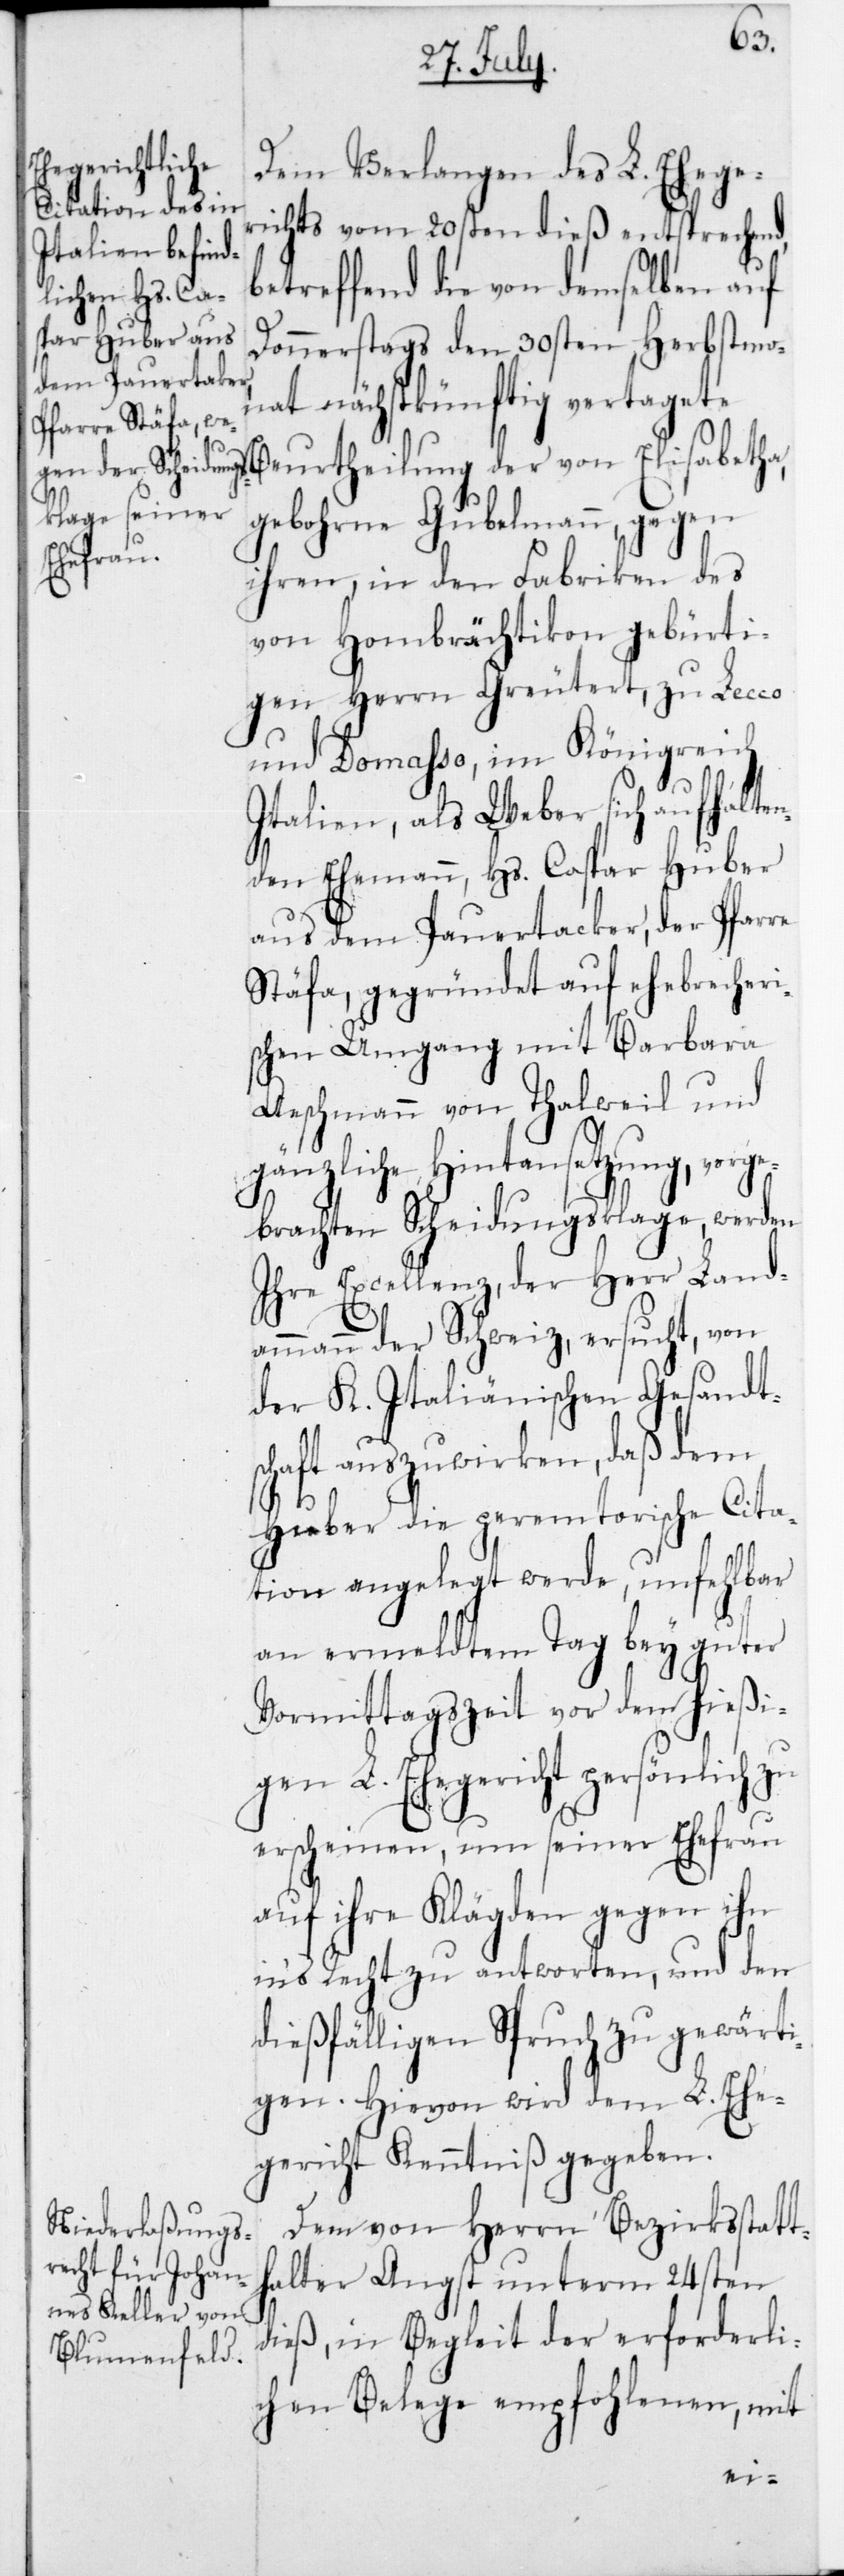
dem Pauertacker

Dem Verlangen des L. Eheger¬
ichts vom 20sten dieß entsprechend,
betreffend die von demselben auf
Donnerstags den 30sten Herbstmo¬
nat nächstkünftig vertagete
Beurtheilung der von Elisabetha,
gebohrne Gubelmann gegen
ihren, in den Fabriken des
von Hombrächtikon gebürti¬
gen Herrn Greutert, zu Lecco
und Domasso im Königreich
Italien, als Weber sich aufhalten¬
den Ehemann, Hs. Caspar Huber
Stäfa, gegründet auf ehebrecheri¬
schen Umgang mit Barbara
Aeschmann von Thalweil, und
gänzliche Hintansetzung, vorge¬
brachten Scheidungsklage, werden
Ihre Excellenz,der Herr Land¬
der Schweiz ersucht, von
der K. Italienischen Gesandts¬
chaft auszuwirken, daß dem
Huber die peremtorische Cita¬
tion angelegt werde, unfehlbar
an ermeldtem Tag bey guter
Vormittagszeit vor dem hießi¬
gen L. Ehegericht persönlich zu
erscheinen, um seiner Ehefrau
auf ihre Klägden gegen ihn
in‘s Recht zu antworten, und den
dießfälligen Spruch zu gewärti¬
gen. Hievon wird dem L. Ehe¬
gericht Kenntniß gegeben.
Dem von Herrn Bezirksstatt¬
halter Angst unterm 24sten
dieß, in Begleit der erforderli¬
chen Belege empfohlenen, mit
ammann